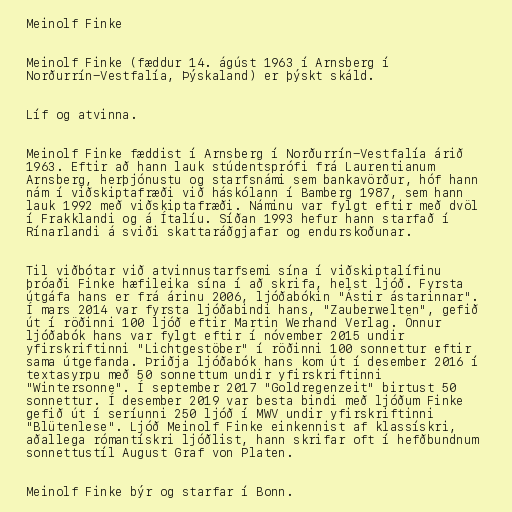
Meinolf Finke

Meinolf Finke (fæddur 14. ágúst 1963 í Arnsberg í
Norðurrín-Vestfalía, Þýskaland) er þýskt skáld.

Líf og atvinna.

Meinolf Finke fæddist í Arnsberg í Norðurrín-Vestfalía árið
1963. Eftir að hann lauk stúdentsprófi frá Laurentianum
Arnsberg, herþjónustu og starfsnámi sem bankavörður, hóf hann
nám í viðskiptafræði við háskólann í Bamberg 1987, sem hann
lauk 1992 með viðskiptafræði. Náminu var fylgt eftir með dvöl
í Frakklandi og á Ítalíu. Síðan 1993 hefur hann starfað í
Rínarlandi á sviði skattaráðgjafar og endurskoðunar.

Til viðbótar við atvinnustarfsemi sína í viðskiptalífinu
þróaði Finke hæfileika sína í að skrifa, helst ljóð. Fyrsta
útgáfa hans er frá árinu 2006, ljóðabókin "Ástir ástarinnar".
Í mars 2014 var fyrsta ljóðabindi hans, "Zauberwelten", gefið
út í röðinni 100 ljóð eftir Martin Werhand Verlag. Önnur
ljóðabók hans var fylgt eftir í nóvember 2015 undir
yfirskriftinni "Lichtgestöber" í röðinni 100 sonnettur eftir
sama útgefanda. Þriðja ljóðabók hans kom út í desember 2016 í
textasyrpu með 50 sonnettum undir yfirskriftinni
"Wintersonne". Í september 2017 "Goldregenzeit" birtust 50
sonnettur. Í desember 2019 var besta bindi með ljóðum Finke
gefið út í seríunni 250 ljóð í MWV undir yfirskriftinni
"Blütenlese". Ljóð Meinolf Finke einkennist af klassískri,
aðallega rómantískri ljóðlist, hann skrifar oft í hefðbundnum
sonnettustíl August Graf von Platen.

Meinolf Finke býr og starfar í Bonn.